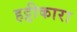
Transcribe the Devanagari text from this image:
हट्टीकारा